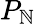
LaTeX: P_{\mathbb{N}}